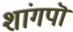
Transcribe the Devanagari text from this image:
शांगपॊ